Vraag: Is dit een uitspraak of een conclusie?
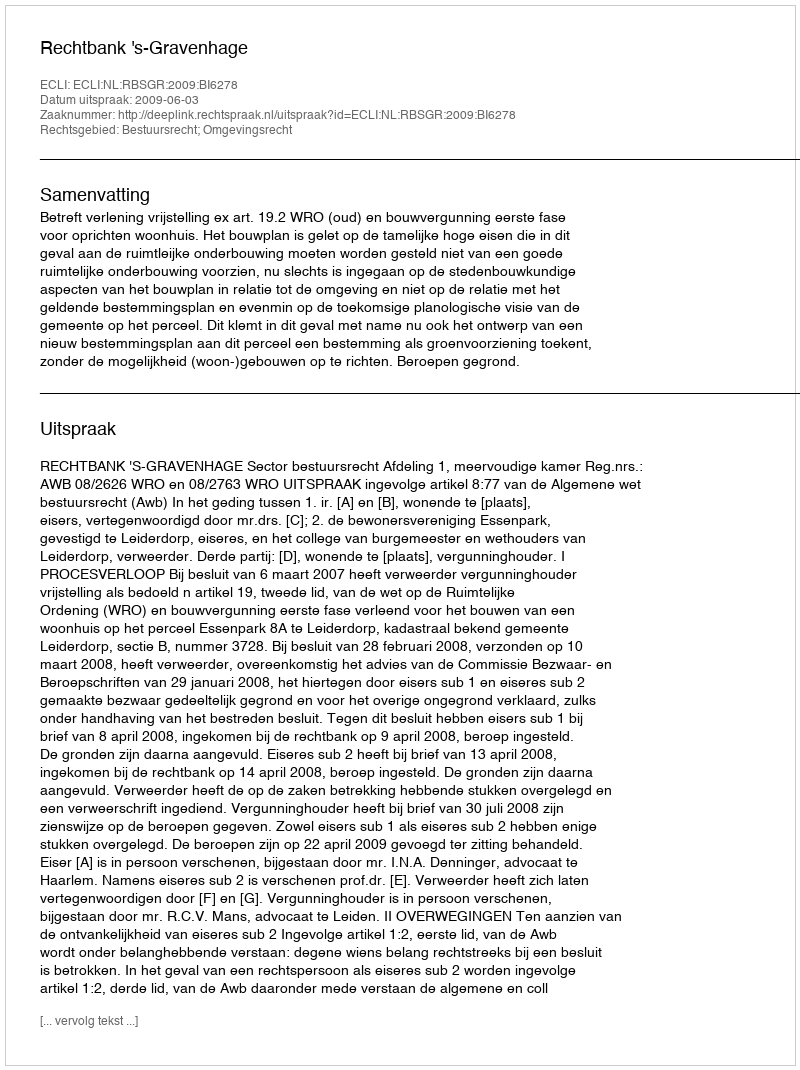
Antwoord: Uitspraak